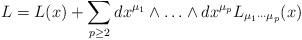
LaTeX: \begin{align*}L=L(x) + \sum_{p\ge 2}dx^{\mu_1}\wedge\ldots\wedge dx^{\mu_p} L_{\mu_1\cdots\mu_p}(x) \end{align*}